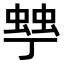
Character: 𧌾